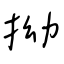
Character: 拗